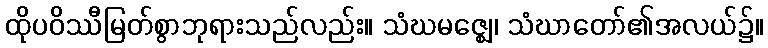
ထိုပဝိဿီမြတ်စွာဘုရားသည်လည်း။ သံဃမဇ္ဈေ၊ သံဃာတော်၏အလယ်၌။